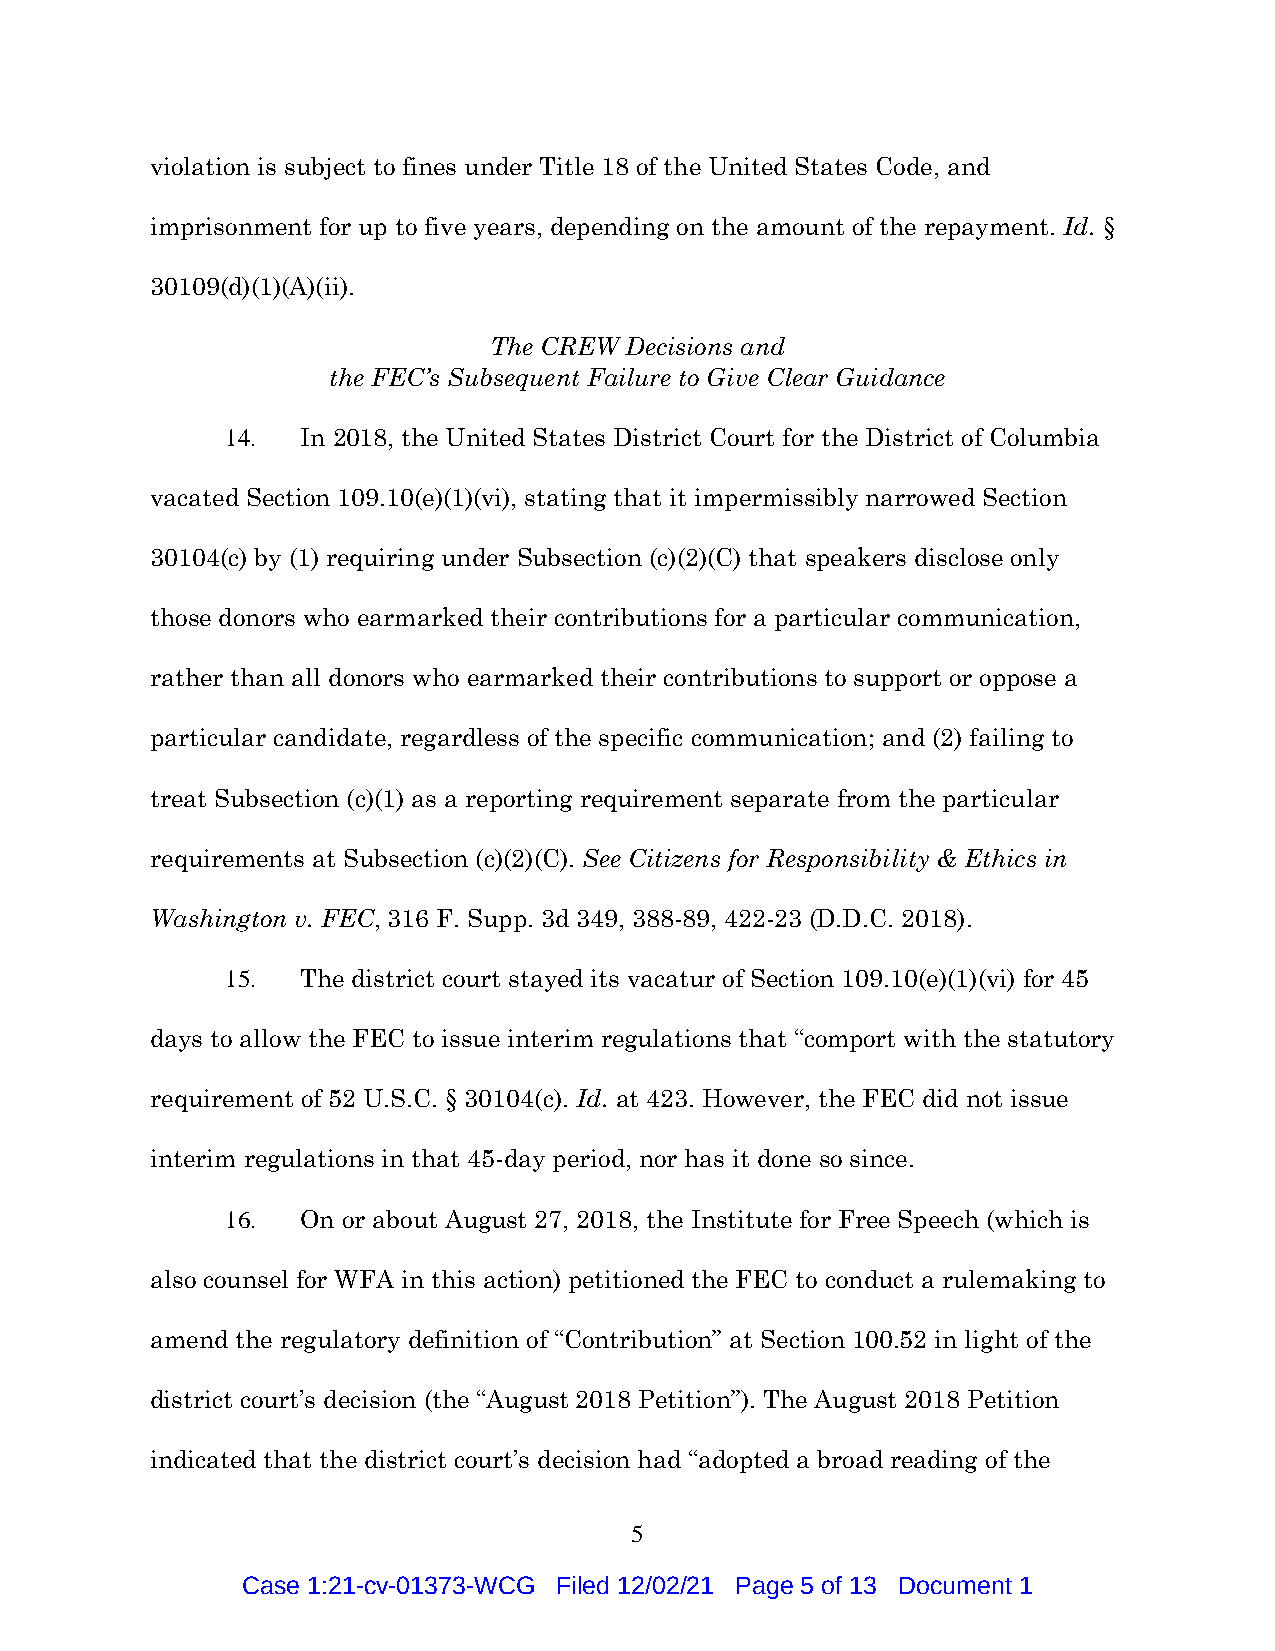
violation is subject to fines under Title 18 of the United States Code, and
 imprisonment for up to five years, depending on the amount of the repayment. Id. §
 30109(d)(1)(A)(ii).
 The CREW Decisions and
 the FEC’s Subsequent Failure to Give Clear Guidance
 14.  In 2018, the United States District Court for the District of Columbia
 vacated Section 109.10(e)(1)(vi), stating that it impermissibly narrowed Section
 30104(c) by (1) requiring under Subsection (c)(2)(C) that speakers disclose only
 those donors who earmarked their contributions for a particular communication,
 rather than all donors who earmarked their contributions to support or oppose a
 particular candidate, regardless of the specific communication; and (2) failing to
 treat Subsection (c)(1) as a reporting requirement separate from the particular
 requirements at Subsection (c)(2)(C). See Citizens for Responsibility & Ethics in
 Washington v. FEC, 316 F. Supp. 3d 349, 388-89, 422-23 (D.D.C. 2018).
 15.  The district court stayed its vacatur of Section 109.10(e)(1)(vi) for 45
 days to allow the FEC to issue interim regulations that “comport with the statutory
 requirement of 52 U.S.C. § 30104(c). Id. at 423. However, the FEC did not issue
 interim regulations in that 45-day period, nor has it done so since.
 16.  On or about August 27, 2018, the Institute for Free Speech (which is
 also counsel for WFA in this action) petitioned the FEC to conduct a rulemaking to
 amend the regulatory definition of “Contribution” at Section 100.52 in light of the
 district court’s decision (the “August 2018 Petition”). The August 2018 Petition
 indicated that the district court’s decision had “adopted a broad reading of the
 5
 Case 1:21-cv-01373-WCG Filed 12/02/21 Page 5 of 13 Document 1